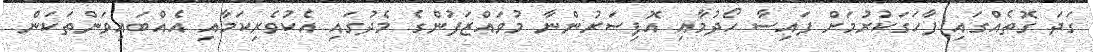
ގަދަ ގޮތެއްގައި ފާހަގަކުރުމަށް ފައިސާ ހޯދުމާއި އޮފިސަރުންނާ މުވައްޒަފުންގެ މެދުގައި އެކުވެރިކަމާއި އެއްބައިވަންތަކަން